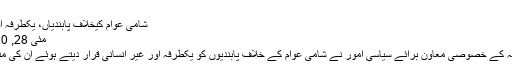
واضح مزید پڑھیں
شامی عوام کیخلاف پابندیاں، یکطرفہ اور غیر انسانی ہیں، ایران
مئی 28, 2020 May 28, 2020
تہران: ایرانی وزیر خارجہ کے خصوصی معاون برائے سیاسی امور نے شامی عوام کے خلاف پابندیوں کو یکطرفہ اور غیر انسانی قرار دیتے ہوئے ان کی منسوخی کا مطالبہ کیا ہے۔